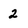
Character: 2